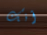
أنك